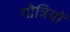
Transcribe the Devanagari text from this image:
गोत्रियों